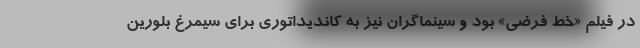
در فیلم «خط فرضی» بود و سینماگران نیز به کاندیداتوری برای سیمرغ بلورین